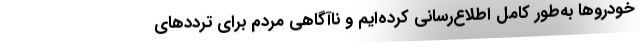
خودروها به‌طور کامل اطلاع‌رسانی کرده‌ایم و ناآگاهی مردم برای ترددهای